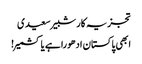
تجزیہ کار شبیر سعیدی
ابھی پاکستان ادھورا ہے یا کشمیر!